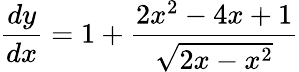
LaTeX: \frac{dy}{dx}=1+\frac{2x^{2}-4x+1}{\sqrt{2x-x^{2}}}